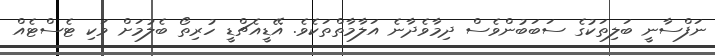
ނަފްސާނީ ބަލިތަކުގެ ސަބަބުންވެސް ދިމާވެދާނެ އަލާމާތްތަކެވެ. އޭޑީއެޗްޑީ ހުރިތޯ ބެލުމަށް ވަކި ޓެސްޓެއް